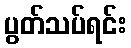
ပွတ်သပ်ရင်း